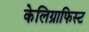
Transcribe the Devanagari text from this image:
केलिग्राफिस्ट